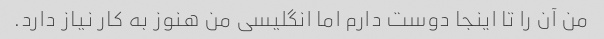
من آن را تا اینجا دوست دارم اما انگلیسی من هنوز به کار نیاز دارد.